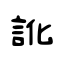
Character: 訛